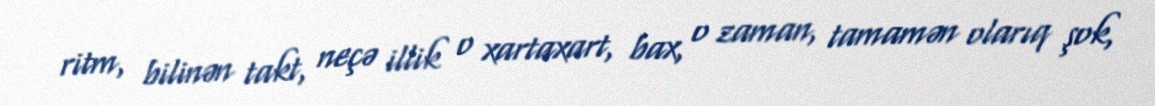
ritm, bilinən takt, neçə illik o xartaxart, bax, o zaman, tamamən olarıq şok,